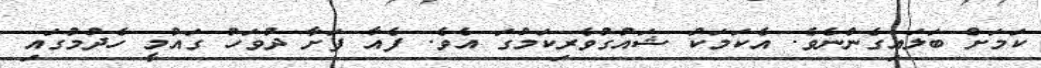
ކަމަށް ބަލައިގެންނެވެ. އެކަމަކު ޝައުގުވެރިކަމުގަ އެވެ. ފެއާ ފަށާ ދުވަހު ގައުމީ ހެދުމުގައި